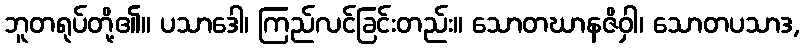
ဘူတရုပ်တို့၏။ ပသာဒေါ၊ ကြည်လင်ခြင်းတည်း။ သောတဃာနဇိဝှါ၊ သောတပသာဒ,